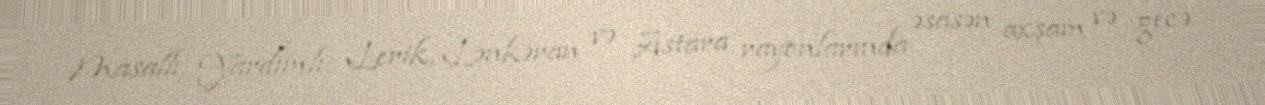
Masallı, Yardımlı, Lerik, Lənkəran və Astara rayonlarında əsasən axşam və gecə